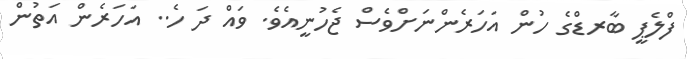
ފްލެޕީ ބާރޑްގެ ހުން އަހަރެންނަށްވެސް ޖެހުނީއެވެ. ވައް ދަ ހެ.. އަހަރެން އަތުން